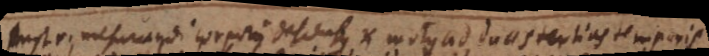
Instr. mesurandi corporis descensus et motus ad duas tertias temporis.